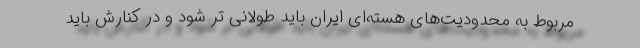
مربوط به محدودیت‌های هسته‌ای ایران باید طولانی تر شود و در کنارش باید